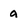
Character: a